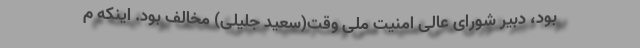
بود، دبیر شورای عالی امنیت ملی وقت(سعید جلیلی) مخالف بود. اینکه م